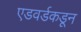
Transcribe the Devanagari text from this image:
एडवर्डकडून